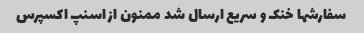
سفارشها خنک و سریع ارسال شد ممنون از اسنپ اکسپرس